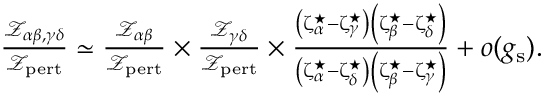
\begin{array} { r } { \frac { { \mathscr Z } _ { \alpha \beta , \gamma \delta } } { { \mathscr Z } _ { \mathrm { p e r t } } } \simeq \frac { { \mathscr Z } _ { \alpha \beta } } { { \mathscr Z } _ { \mathrm { p e r t } } } \times \frac { { \mathscr Z } _ { \gamma \delta } } { { \mathscr Z } _ { \mathrm { p e r t } } } \times \frac { \left( \upzeta _ { \alpha } ^ { \star } - \upzeta _ { \gamma } ^ { \star } \right) \left( \upzeta _ { \beta } ^ { \star } - \upzeta _ { \delta } ^ { \star } \right) } { \left( \upzeta _ { \alpha } ^ { \star } - \upzeta _ { \delta } ^ { \star } \right) \left( \upzeta _ { \beta } ^ { \star } - \upzeta _ { \gamma } ^ { \star } \right) } + o ( g _ { \mathrm { s } } ) . } \end{array}